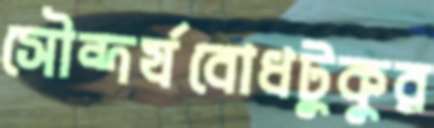
সৌন্দর্যবোধটুকুর